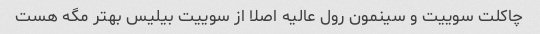
چاکلت سوییت و سینمون رول عالیه اصلا از سوییت بیلیس بهتر مگه هست